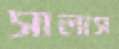
সালাস